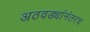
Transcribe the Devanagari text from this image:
अठवड्यांनंतरच